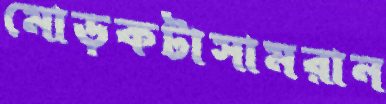
মোড়কটাসামরান